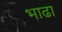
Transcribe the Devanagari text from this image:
भाढा